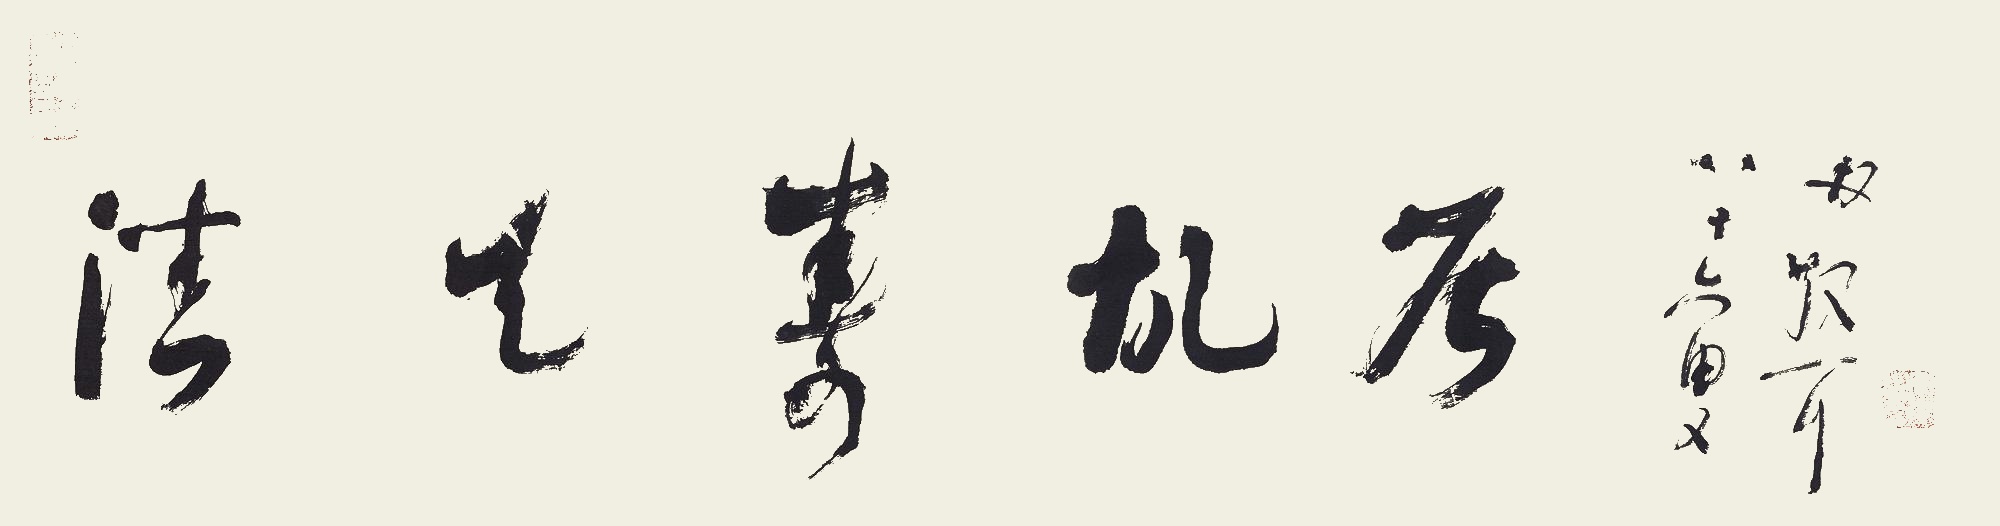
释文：潘天寿故居。八十六叟林散耳。